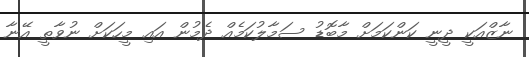
ނާޒްއަކީ ދީނީ ކަންކަމަށް މާބޮޑު ސަމާލުކަމެއް ދެމުން އައި މީހަކަށް ނުވާތީ އޭނާ